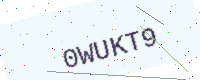
Text: 0WUKT9